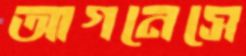
আগনেসে